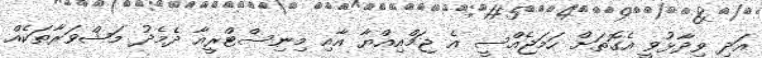
އަދި ވިދާޅުވީ އެގޮތަށް ހަމަޖެއްސީ އެ ޖަމްއިއްޔާ އާއި މިނިސްޓްރީއާ ދެމެދު މަޝްވަރާތަކެއް